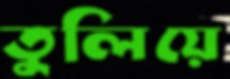
তুলিয়ে